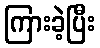
ကြားခဲ့ပြီး